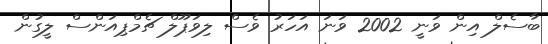
ބާސެލް އިން ވަނީ 2002 ވަނަ އަހަރު ވެސް ލިވަޕޫލް ޗެމްޕިއަންސް ލީގުން